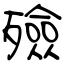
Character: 殮